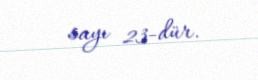
sayı 23-dür.